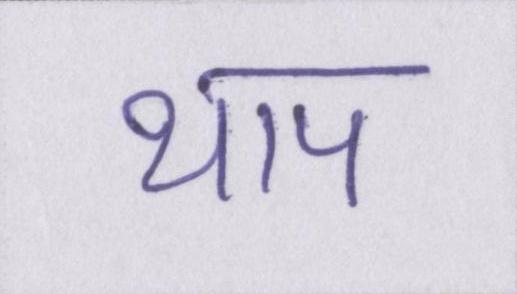
थाप